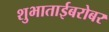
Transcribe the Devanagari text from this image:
शुभाताईबरोबर